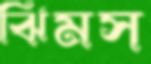
ঝিমস